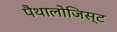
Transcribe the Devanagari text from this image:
पैथालोजिस्ट